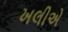
ખલીએ